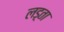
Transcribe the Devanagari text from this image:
लड़्ता